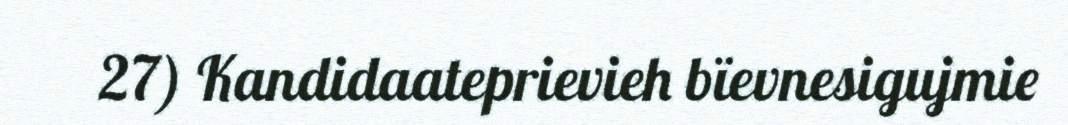
27) Kandidaateprievieh bïevnesigujmie